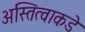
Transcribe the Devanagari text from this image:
अस्तित्वाकडे